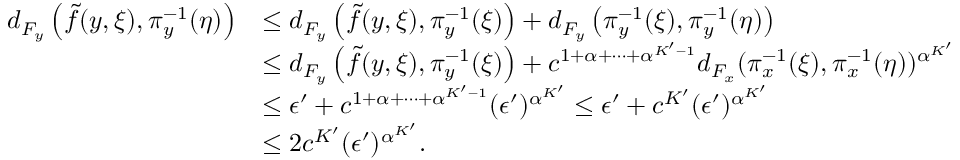
\begin{array} { r l } { d _ { F _ { y } } \left( \widetilde { f } ( y , \xi ) , \pi _ { y } ^ { - 1 } ( \eta ) \right) } & { \le d _ { F _ { y } } \left( \widetilde { f } ( y , \xi ) , \pi _ { y } ^ { - 1 } ( \xi ) \right) + d _ { F _ { y } } \left( \pi _ { y } ^ { - 1 } ( \xi ) , \pi _ { y } ^ { - 1 } ( \eta ) \right) } \\ & { \le d _ { F _ { y } } \left( \widetilde { f } ( y , \xi ) , \pi _ { y } ^ { - 1 } ( \xi ) \right) + c ^ { 1 + \alpha + \dots + \alpha ^ { K ^ { \prime } - 1 } } d _ { F _ { x } } ( \pi _ { x } ^ { - 1 } ( \xi ) , \pi _ { x } ^ { - 1 } ( \eta ) ) ^ { \alpha ^ { K ^ { \prime } } } } \\ & { \le \epsilon ^ { \prime } + c ^ { 1 + \alpha + \dots + \alpha ^ { K ^ { \prime } - 1 } } ( \epsilon ^ { \prime } ) ^ { \alpha ^ { K ^ { \prime } } } \le \epsilon ^ { \prime } + c ^ { K ^ { \prime } } ( \epsilon ^ { \prime } ) ^ { \alpha ^ { K ^ { \prime } } } } \\ & { \le 2 c ^ { K ^ { \prime } } ( \epsilon ^ { \prime } ) ^ { \alpha ^ { K ^ { \prime } } } . } \end{array}